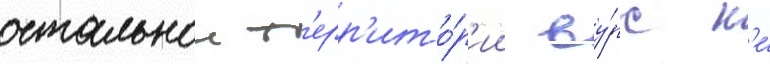
остальнои т'ерр'ито́р'ии ву́рс н'е́